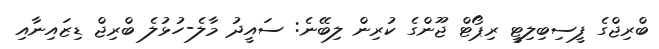
ބްރިޖްގެ ފީސިބިލިޓީ ރިޕޯޓް ޖޫންގެ ކުރިން ލިބޭނެ: ސައީދު މާލެ-ހުޅުލެ ބްރިޖް ޑިޒައިނާއި